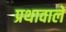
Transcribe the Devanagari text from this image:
प्रथावाले